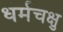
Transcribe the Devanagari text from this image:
धर्मचक्षु